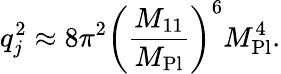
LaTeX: q_{j}^{2}\approx 8\pi^{2}\left(\frac{M_{11}}{M_{\mathrm{Pl}}}\right)^{6}M_{\mathrm{Pl}}^{4}.